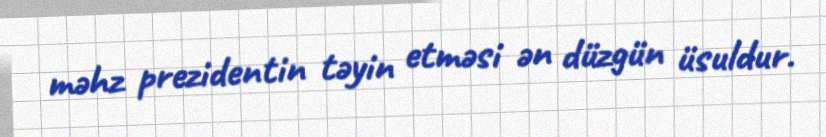
məhz prezidentin təyin etməsi ən düzgün üsuldur.